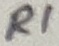
Text: R1